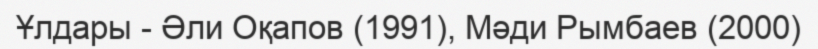
Ұлдары - Әли Оқапов (1991), Мәди Рымбаев (2000)